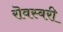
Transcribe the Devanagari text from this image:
रॊवस्बरी